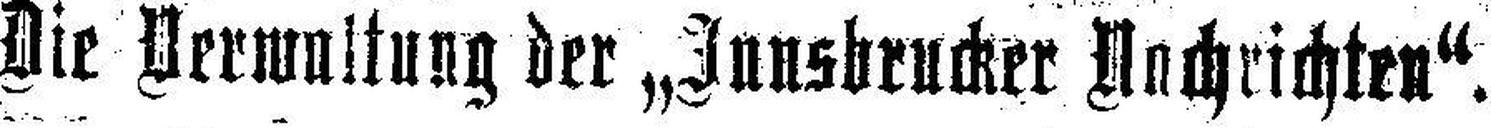
Die Verwaltung der „Innsbrucker Nachrichten“.